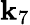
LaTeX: \mathbf{k}_{7}